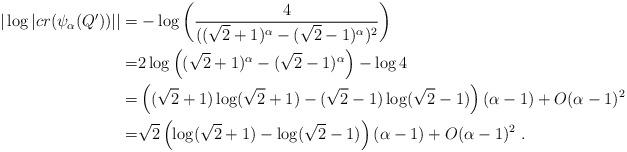
LaTeX: \begin{align*}|\log|cr(\psi_\alpha(Q'))||=&-\log\left(\frac{4}{((\sqrt 2+1)^\alpha-(\sqrt 2-1)^\alpha)^2}\right) \\=&2\log\left((\sqrt 2+1)^\alpha-(\sqrt 2-1)^\alpha\right)-\log 4 \\=&\left((\sqrt 2+1)\log (\sqrt 2+1)-(\sqrt 2-1)\log (\sqrt 2-1)\right)(\alpha-1)+O(\alpha-1)^2 \\=&\sqrt 2\left(\log (\sqrt 2+1)-\log (\sqrt 2-1)\right)(\alpha-1)+O(\alpha-1)^2~.\end{align*}